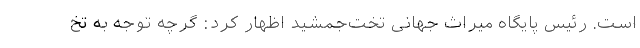
است. رئیس پایگاه میراث جهانی تخت‌جمشید اظهار کرد: گرچه توجه به تخ